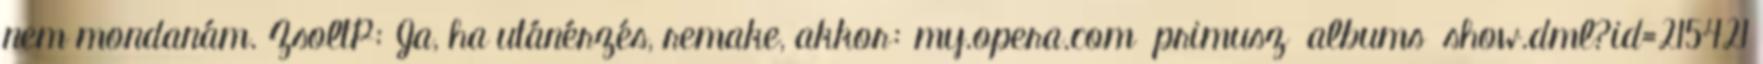
nem mondanám. ZsoltP: Ja, ha utánérzés, remake, akkor: my.opera.com primusz albums show.dml?id=215421